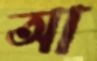
আ